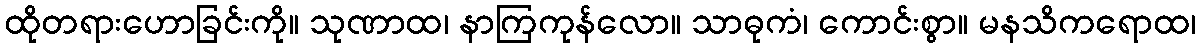
ထိုတရားဟောခြင်းကို။ သုဏာထ၊ နာကြကုန်လော။ သာဓုကံ၊ ကောင်းစွာ။ မနသိကရောထ၊